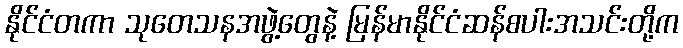
နိုင်ငံတကာ သုတေသနအဖွဲ့တွေနဲ့ မြန်မာနိုင်ငံဆန်စပါးအသင်းတို့က